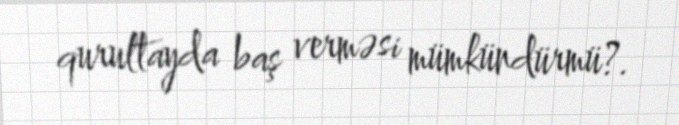
qurultayda baş verməsi mümkündürmü?.